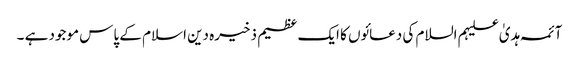
آئمہ ہدیٰ علیہم السلام کی دعائوں کا ایک عظیم ذخیرہ دین اسلام کے پاس موجود ہے ۔